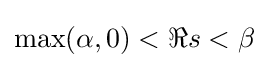
\max(\alpha ,0)<\Re s<\beta